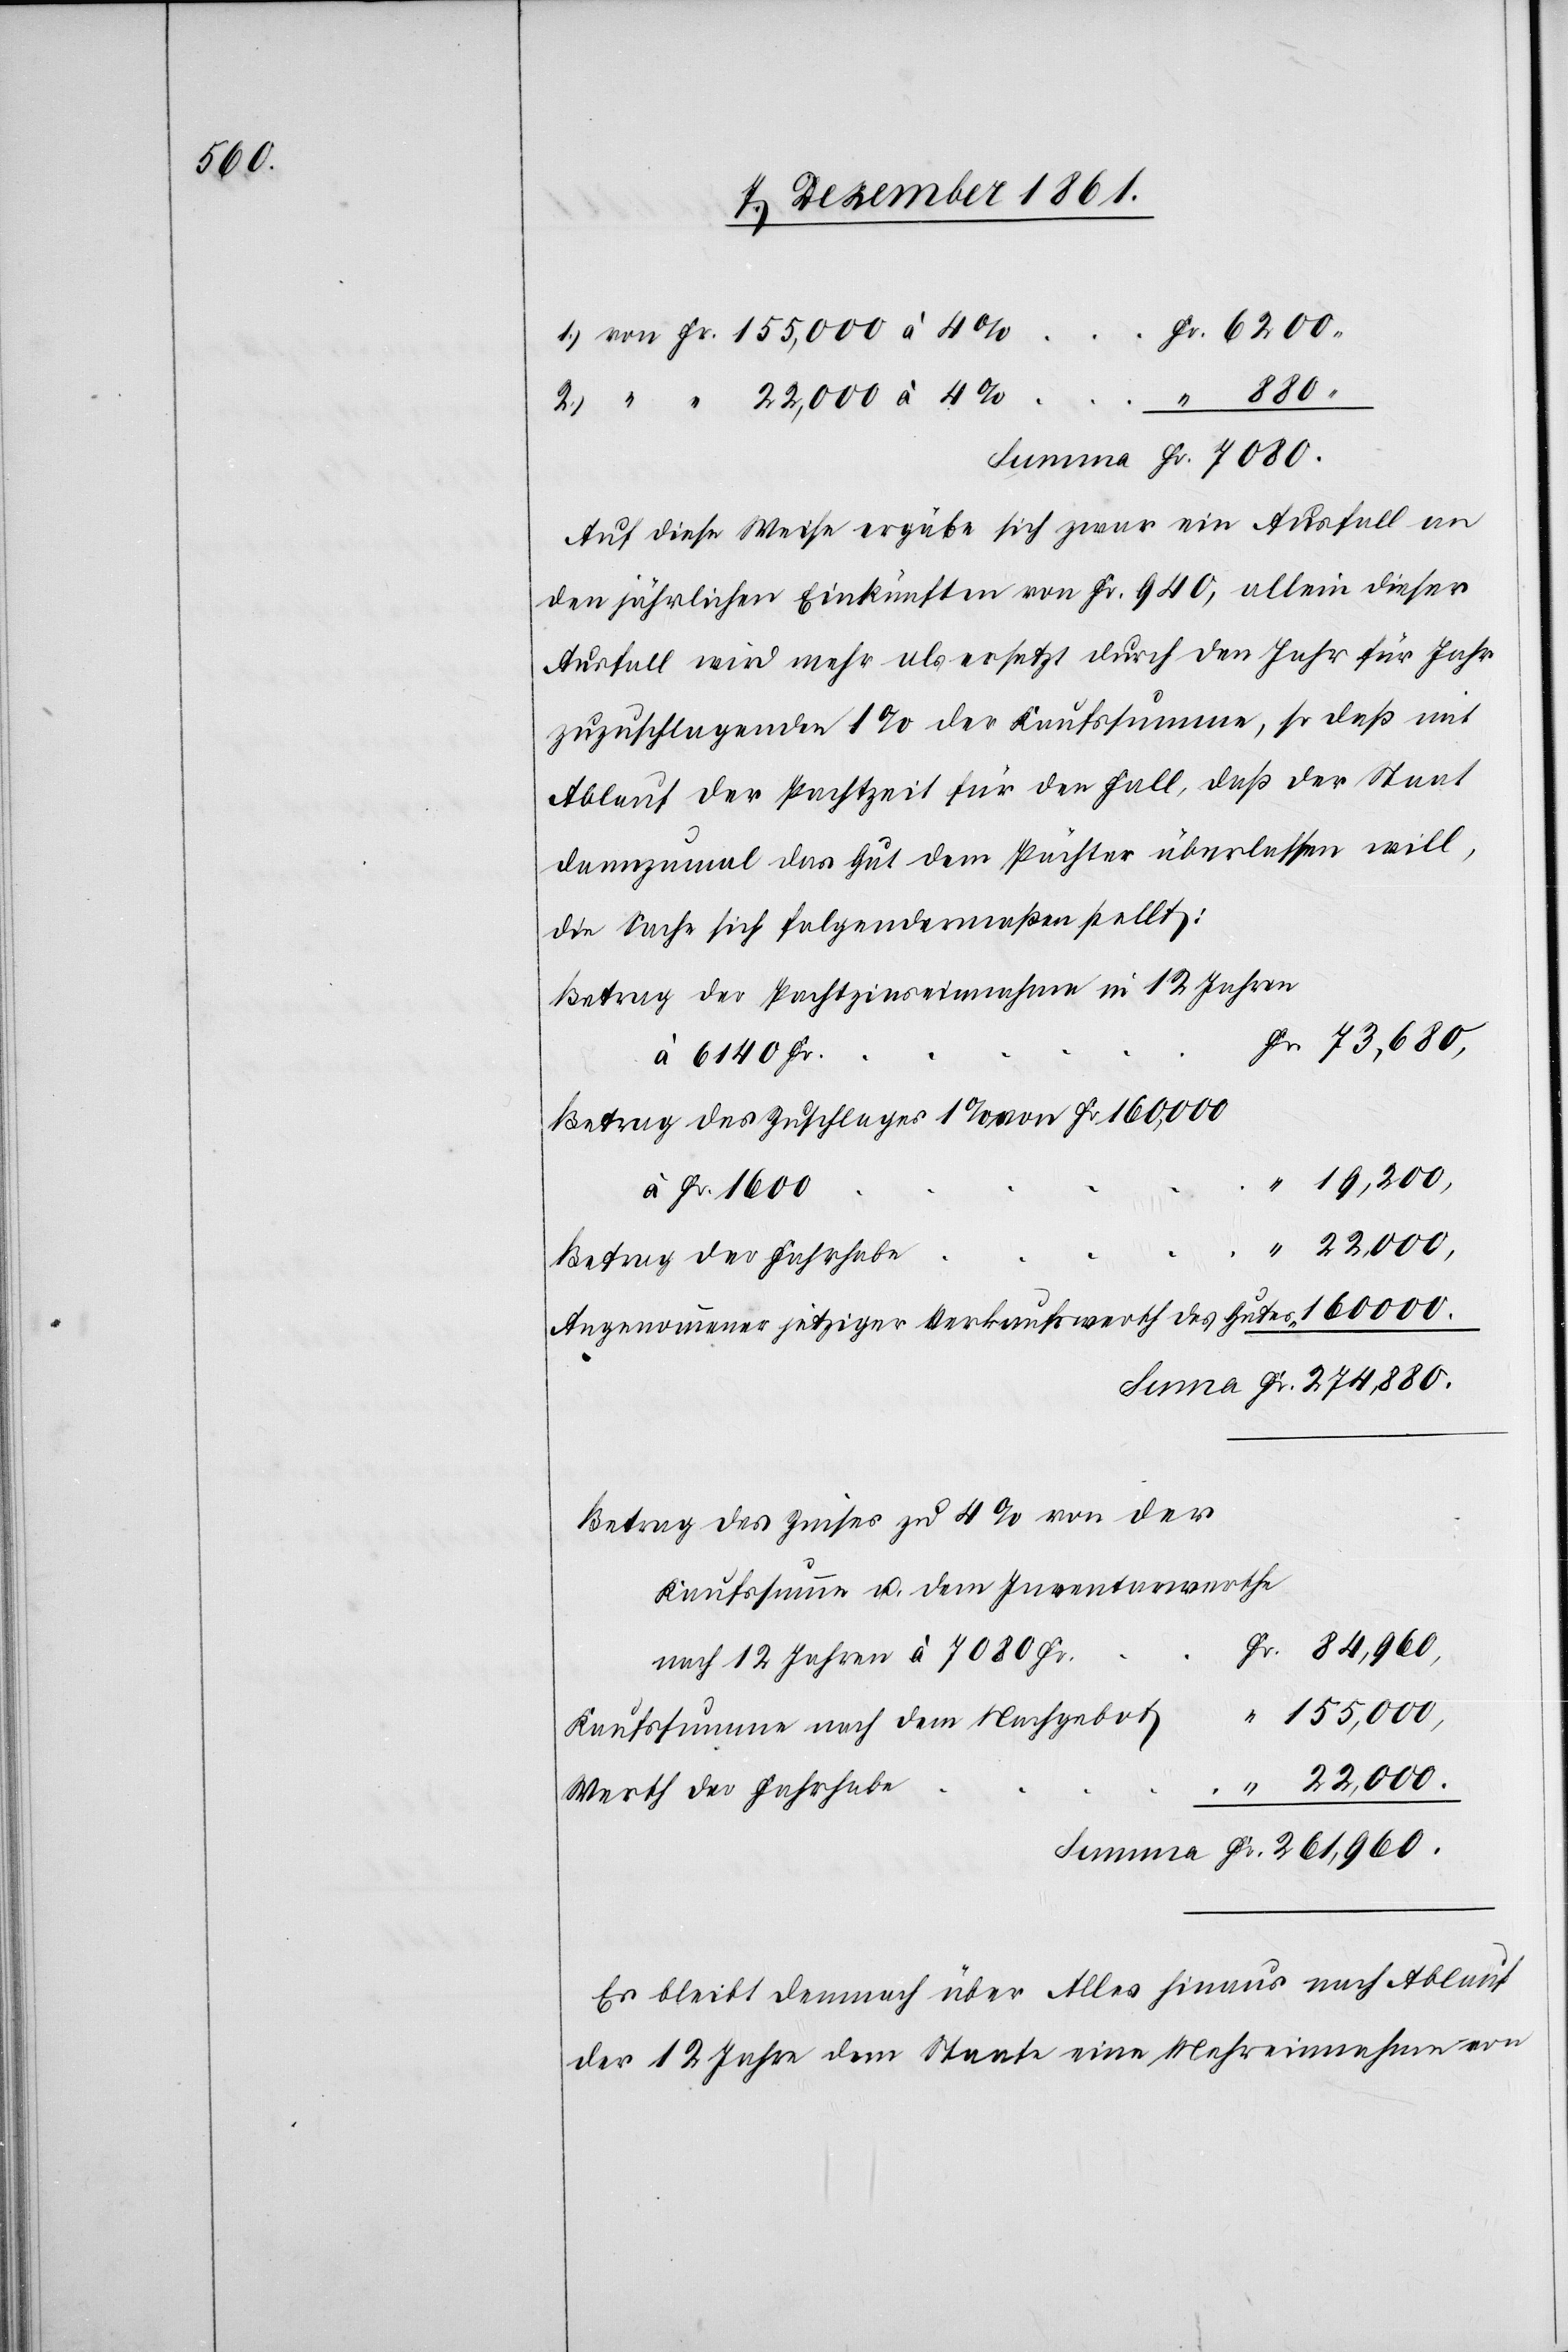
Fr. 6200.
“ 880.
Auf diese Weise ergäbe sich zwar ein Ausfall an
den jährlichen Einkünften von Fr. 940, allein dieser
Ausfall wird mehr als ersetzt durch den Jahr für Jahr
zuzuschlagenden 1% der Kaufsumme, so daß mit
Ablauf der Pachtzeit für den Fall, daß der Staat
dannzumal das Gut dem Pächter überlassen will,
die Sache sich folgendermaßen stellt:
Betrag der Pachtzinseinnahme in 12 Jahren
Fr. 73,680.
à 6140 Fr.
Betrag des Zuschlages 1% von Fr. 160,000
“ 19,200.
2.)
Betrag der Fahrhabe
Angenommener jetziger Verkaufswerth des Gutes
Betrag des Zinses zu 4% von der
Kaufssumme u. dem Inventarwerthe
Fr. 261,960.
nach 12 Jahren à 7080 Fr.
“ 155,000.
Kaufssumme nach dem Nachgebot
“ 22,000.
Werth der Fahrhabe
Es bleibt demnach über Alles hinaus nach Ablauf
der 12 Jahre dem Staate eine Mehreinnahme von